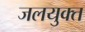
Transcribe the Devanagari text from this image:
जलयुक्‍त